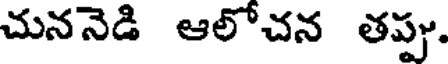
చుననెడి ఆలోచన తప్పు.